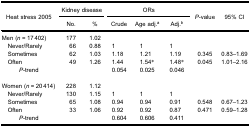
<table><thead><tr><td rowspan="3"><b>Heat stress 2005</b></td><td colspan="2"><b>Kidney disease</b></td><td colspan="3"><b>ORs</b></td><td rowspan="3"><b><i>P</i>-value</b></td><td rowspan="3"><b>95% CI</b></td></tr><tr><td><b>No.</b></td><td><b>%</b></td><td><b>Crude</b></td><td><b>Age adj.<sup>a</sup></b></td><td><b>Adj.<sup>b</sup></b></td></tr></thead><tbody><tr><td>Men (<i>n</i> = 17 402)</td><td>177</td><td>1.02</td><td> </td><td> </td><td> </td><td> </td><td> </td></tr><tr><td> Never/Rarely</td><td>66</td><td>0.88</td><td>1</td><td>1</td><td>1</td><td> </td><td> </td></tr><tr><td> Sometimes</td><td>62</td><td>1.03</td><td>1.18</td><td>1.21</td><td>1.19</td><td>0.345</td><td>0.83–1.69</td></tr><tr><td> Often</td><td>49</td><td>1.26</td><td>1.44</td><td>1.54*</td><td>1.48*</td><td>0.045</td><td>1.01–2.16</td></tr><tr><td><i>P</i>-trend</td><td> </td><td> </td><td>0.054</td><td>0.025</td><td>0.046</td><td> </td><td> </td></tr><tr><td>Women (<i>n</i> = 20 414)</td><td>228</td><td>1.12</td><td> </td><td> </td><td> </td><td> </td><td> </td></tr><tr><td> Never/Rarely</td><td>130</td><td>1.15</td><td>1</td><td>1</td><td>1</td><td> </td><td> </td></tr><tr><td> Sometimes</td><td>65</td><td>1.08</td><td>0.94</td><td>0.94</td><td>0.91</td><td>0.548</td><td>0.67–1.23</td></tr><tr><td> Often</td><td>33</td><td>1.06</td><td>0.92</td><td>0.92</td><td>0.87</td><td>0.471</td><td>0.59–1.28</td></tr><tr><td><i>P</i>-trend</td><td> </td><td> </td><td>0.604</td><td>0.606</td><td>0.411</td><td> </td><td> </td></tr></tbody></table>